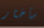
سأختار